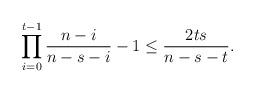
LaTeX: \begin{align*}\prod_{i=0}^{t-1} \frac{n-i}{n-s-i}-1\le \frac {2ts}{n-s-t}.\end{align*}